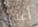
أعلاه